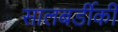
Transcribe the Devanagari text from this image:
सालबर्डीकी